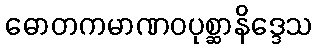
ဓောတကမာဏဝပုစ္ဆာနိဒ္ဒေသ